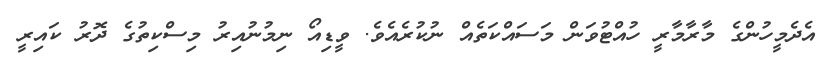
އެދެމީހުންގެ މާރާމާރީ ހުއްޓުވަން މަސައްކަތެއް ނުކުރެއެވެ. ވީޑިއޯ ނިމުނުއިރު މިސްކިތުގެ ދޮރު ކައިރީ